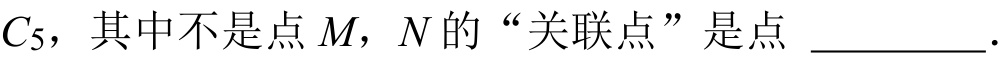
\(C_{5}\)，其中不是点\(M\)，\(N\)的“关联点”是点 \(\underline{\quad\quad}\).